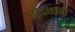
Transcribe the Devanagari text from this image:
।द्वादशांगी